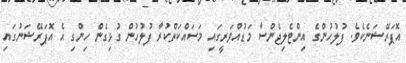
އޮޕަރޭޝަނެކެވެ. ފުލުހުންގެ އިންޓެލިޖެންސާ މަޑުއްވަރީގައި މަސައްކަތްކުރާ ފުލުހުން ގުޅިގެން ހިންގި އެ އޮޕަރޭޝަނުގައި